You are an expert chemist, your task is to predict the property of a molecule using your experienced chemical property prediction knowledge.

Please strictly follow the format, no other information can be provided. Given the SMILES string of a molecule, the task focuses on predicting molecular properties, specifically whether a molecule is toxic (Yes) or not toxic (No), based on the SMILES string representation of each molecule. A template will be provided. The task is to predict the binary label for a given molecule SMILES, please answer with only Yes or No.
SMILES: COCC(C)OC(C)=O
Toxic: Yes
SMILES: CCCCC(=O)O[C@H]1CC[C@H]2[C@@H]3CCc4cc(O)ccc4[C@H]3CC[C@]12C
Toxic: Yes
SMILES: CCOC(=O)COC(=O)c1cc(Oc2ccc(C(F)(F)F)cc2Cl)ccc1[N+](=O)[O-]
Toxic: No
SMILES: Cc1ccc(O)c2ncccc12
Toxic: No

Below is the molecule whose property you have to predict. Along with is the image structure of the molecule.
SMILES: C/C=C(\C)C(C)=O
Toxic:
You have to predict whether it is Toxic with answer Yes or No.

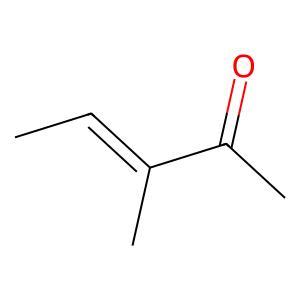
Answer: No